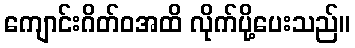
ကျောင်းဂိတ်ဝအထိ လိုက်ပို့ပေးသည်။